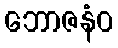
ဘောဇနံဝ